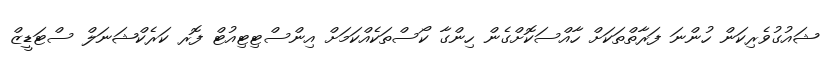
ޝައުގުވެރިކަން ހުންނަ ފަރާތްތަކަށް ހާއްސަކޮށްގެން ހިންގާ ކޯސްތަކެއްކަމަށް އިންސްޓިޓިއުޓް ފޮރ ކަރެކްޝަނަލް ސްޓަޑީޒް